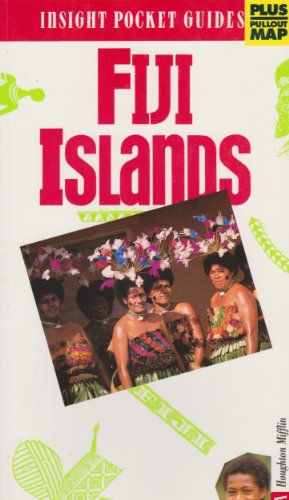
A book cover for Fiji Islands (Insight Pocket Guides); James Siers; Travel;